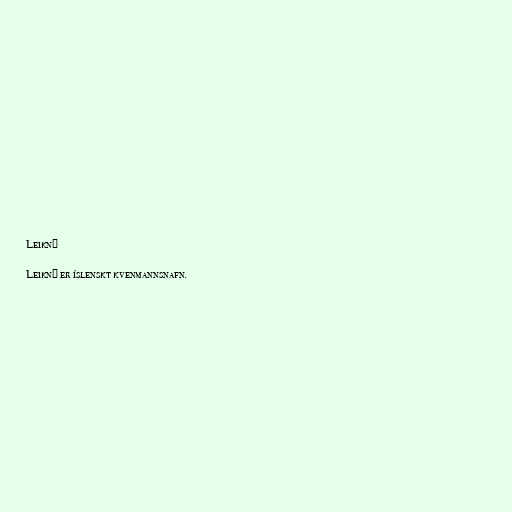
Leikný

Leikný er íslenskt kvenmannsnafn.